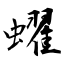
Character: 蠗